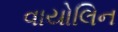
વાયોલિન